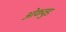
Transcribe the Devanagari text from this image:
ओकवुड